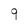
Character: 9